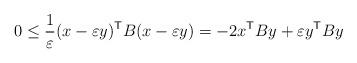
LaTeX: \begin{align*}0 \leq \frac{1}{\varepsilon}(x - \varepsilon y)^{\sf T} B (x -\varepsilon y) = - 2x^{\mathsf T} B y + \varepsilon y^{\sf T} B y\end{align*}